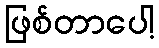
ဖြစ်တာပေါ့